Scottish Leaving Certificate Examination, 1957
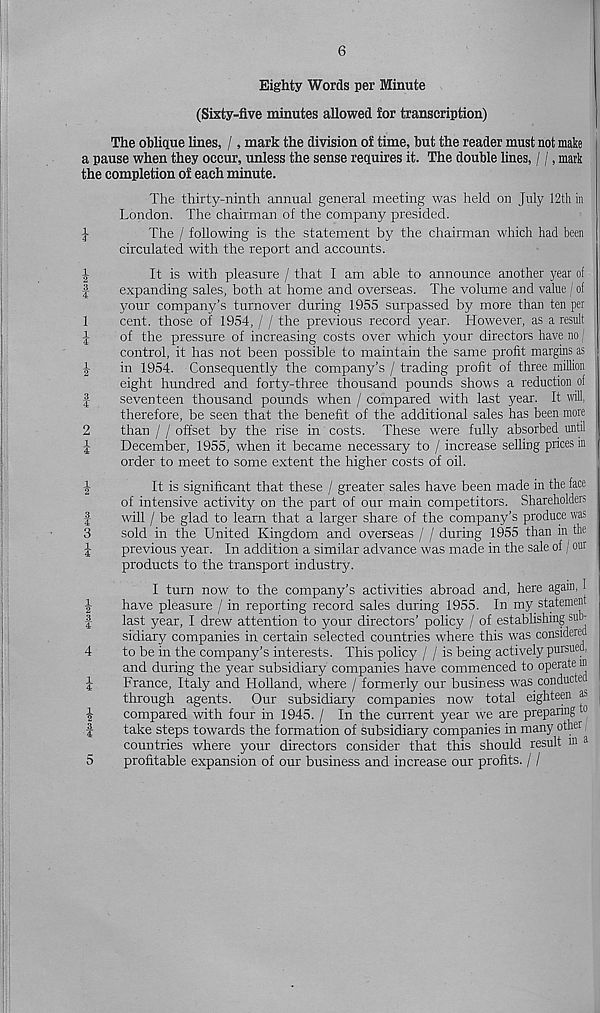
Ifluiciw iMm 4^. IHMMIM
f-H WlMco toH
tM- 1
tO if+»
^ WmkjM
6
Eighty Words per Minute
(Sixty-five minutes allowed for transcription)
The oblique lines, /, mark the division of time, but the reader must not make
a pause when they occur, unless the sense requires it. The double lines, / /, mark
the completion of each minute.
The thirty-ninth annual general meeting was held on July 12th in
London. The chairman of the company presided.
J
The / following is the statement by the chairman which had been
circulated with the report and accounts.
It is with pleasure / that I am able to announce another year of
expanding sales, both at home and overseas. The volume and value / of
your company’s turnover during 1955 surpassed by more than ten per
cent, those of 1954, / / the previous record year. However, as a result
of the pressure of increasing costs over which your directors have no,
control, it has not been possible to maintain the same profit margins as
in 1954. Consequently the company’s / trading profit of three million
eight hundred and forty-three thousand pounds shows a reduction of
seventeen thousand pounds when / compared with last year. It will,
therefore, be seen that the benefit of the additional sales has been more
than / / offset by the rise in costs. These were fully absorbed until
December, 1955, when it became necessary to / increase selling prices in
order to meet to some extent the higher costs of oil.
It is significant that these / greater sales have been made in the face
of intensive activity on the part of our main competitors. Shareholders
will / be glad to learn that a larger share of the company's produce was
sold in the United Kingdom and overseas / / during 1955 than in the
previous year. In addition a similar advance was made in the sale of / our
products to the transport industry.
I turn now to the company’s activities abroad and, here again, j
have pleasure / in reporting record sales during 1955. In my statement
last year, I drew attention to your directors’ policy / of establishing sub-
sidiary companies in certain selected countries where this was considered
to be in the company’s interests. This policy / / is being actively pursued,
and during the year subsidiary companies have commenced to operate in
France, Italy and Holland, where / formerly our business was conducte
through agents. Our subsidiary companies now total eighteen as
compared with four in 1945. / In the current year we are preparing to
take steps towards the formation of subsidiary companies in many other,
countries where your directors consider that this should result in a
5
profitable expansion of our business and increase our profits. / /